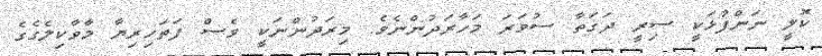
ކޮލީ ނަންފުޅަކީ ސިރީ ދަގަތާ ސުވަރަ މަހާރަދުންނެވެ. މިރަދުންނަކީ ވެސް ފަތަހިރިޔާ މާވާކިލެގެގެ